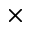
\times